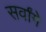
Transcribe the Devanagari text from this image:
सर्वांगे